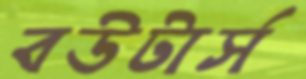
বউটার্স